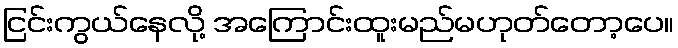
ငြင်းကွယ်နေလို့ အကြောင်းထူးမည်မဟုတ်တော့ပေ။